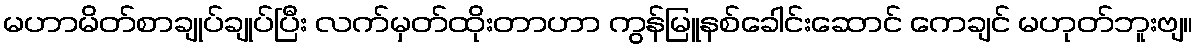
မဟာမိတ်စာချုပ်ချုပ်ပြီး လက်မှတ်ထိုးတာဟာ ကွန်မြူနစ်ခေါင်းဆောင် ကေချင် မဟုတ်ဘူးဗျ။